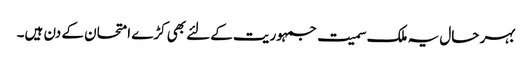
بہر حال یہ ملک سمیت جمہوریت کےلئے بھی کڑے امتحان کے دن ہیں۔